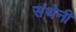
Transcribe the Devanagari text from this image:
संथेनी